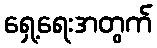
ရှေ့ရေးအတွက်